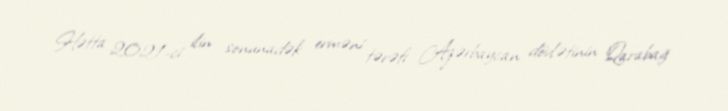
Hətta 2021-ci ilin sonunadək erməni tərəfi Azərbaycan dövlətinin Qarabağ